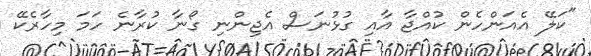
"ކަލޭ އެއަންހެން ކުއްޖާ އާއި ގުޅުނަސް އެޖިންނި ގޯނާ ކުރާނެ ހަމަ މިހާރެކޭ